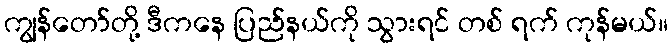
ကျွန်တော်တို့ ဒီကနေ ပြည်နယ်ကို သွားရင် တစ် ရက် ကုန်မယ်။